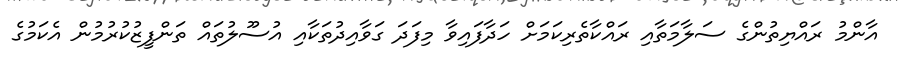
އާންމު ރައްޔިތުންގެ ސަލާމަތާއި ރައްކާތެރިކަމަށް ހަދާފައިވާ މިފަދަ ގަވާއިދުތަކާއި އުސޫލުތައް ތަންފީޒުކުރުމުން އެކަމުގެ